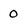
Character: 0